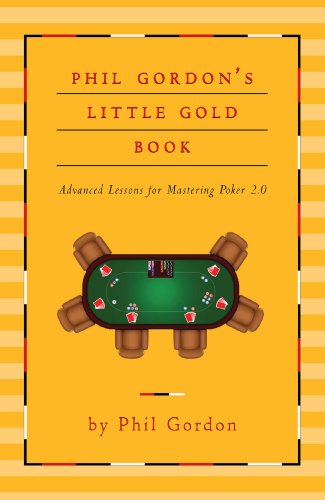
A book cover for Phil Gordon's Little Gold Book: Advanced Lessons for Mastering Poker 2.0; Phil Gordon; Humor & Entertainment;